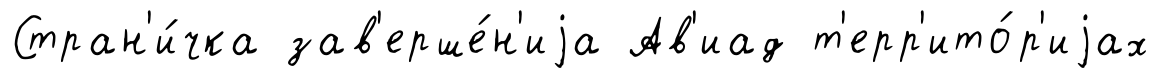
Стран'и́чка зав'ерше́н'иjа Ав'иад т'ерр'ито́р'иjах